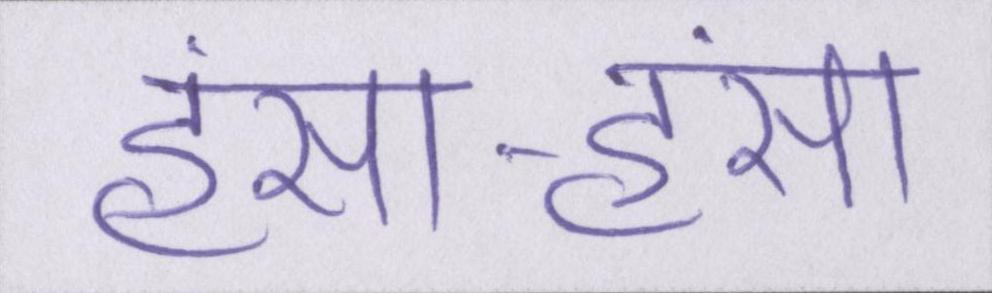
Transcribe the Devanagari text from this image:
हंसा-हंसा